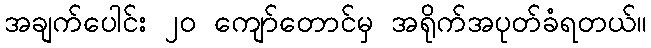
အချက်ပေါင်း ၂၀ ကျော်တောင်မှ အရိုက်အပုတ်ခံရတယ်။